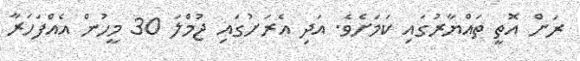
ރަށް އޮތީ ތައްޔާރުގައި ކަމަށެވެ. އަދި އެރަށުގައި ޖުމްލަ 30 މީހުން އެއްފަހަރާ